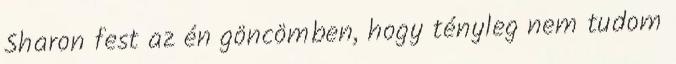
Sharon fest az én göncömben, hogy tényleg nem tudom